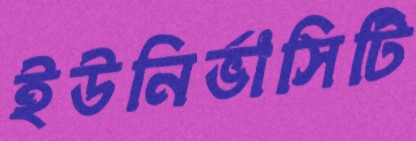
ইউনির্ভাসিটি